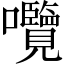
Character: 囕